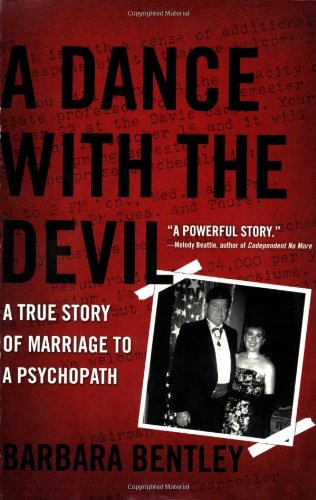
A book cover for A Dance with the Devil: A True Story of Marriage to a Psychopath; Barbara Bentley; Law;